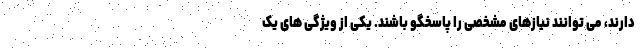
دارند، می توانند نیازهای مشخصی را پاسخگو باشند. يكی از ويژگی های یک